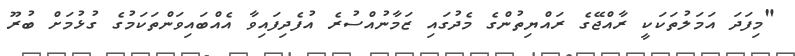
"މިފަދަ އަމަލުތަކަކީ ރާއްޖޭގެ ރައްޔިތުންގެ މެދުގައި ޒަމާނުއްސުރެ އުފެދިފައިވާ އެއްބައިވަންތަކަމުގެ ގުޅުމަށް ބުރޫ